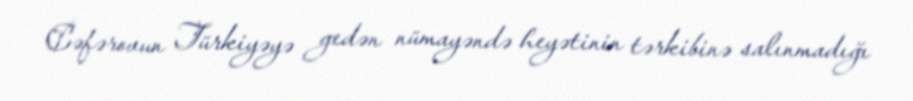
Cəfərovun Türkiyəyə gedən nümayəndə heyətinin tərkibinə salınmadığı